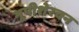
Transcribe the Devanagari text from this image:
भूपीशेरचन